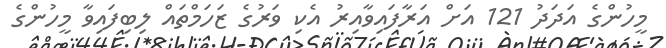
މީހުންގެ އަދަދު 121 އަށް އަރާފައިވާއިރު އެކި ވަރުގެ ޒަހަމްތައް ލިބިފައިވާ މީހުންގެ